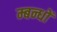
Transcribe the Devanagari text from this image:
म्बन्धों